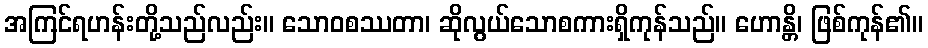
အကြင်ရဟန်းတို့သည်လည်း။ သောဝစဿတာ၊ ဆိုလွယ်သောစကားရှိကုန်သည်။ ဟောန္တိ၊ ဖြစ်ကုန်၏။